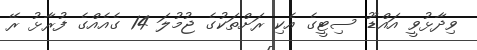
ވިދާޅުވީ އައްޑޫ ސިޓީގެ އެކި ރަށްތަކުގެ ޖުމުލަ 14 ގެއެއްގެ ފުރާޅު ރޭ